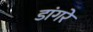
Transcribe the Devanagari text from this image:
डांगरे